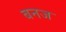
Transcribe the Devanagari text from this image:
बनज